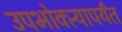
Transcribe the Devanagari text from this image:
उपभोक्त्यापर्यंत